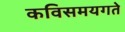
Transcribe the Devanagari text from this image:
कविसमयगते